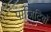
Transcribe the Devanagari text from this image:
पाजिटिवों